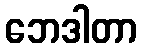
ဘေဒါတာ